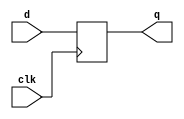
`timescale 1ns/1ns
module D_FF_d (q, d, clk);
    output q; 
    input d, clk;
    reg q;
    always @ (posedge clk)
        q <= d;
endmodule

module adder_dataflow_reg (s, co, a, b, ci, clk, q);
    parameter width = 32;
    output [width-1:0] s;
    output co;
    input [width-1:0] a, b;
    input ci;

    // for D_FF implementation
	input clk;
	output [width:0] q;

    assign {co, s} = a + b + ci;

    genvar i;
    generate
		for (i = 0; i < width + 1; i = i + 1) 
			begin:Dff
				if (i == 32) begin:dd
					D_FF_d dff(q[i], co, clk);
                end else begin:dd
					D_FF_d dff(q[i], s[i], clk);
                end
			end
	endgenerate
endmodule